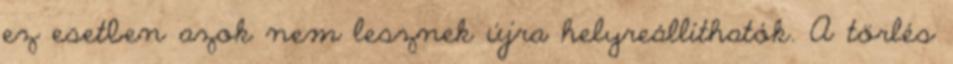
ez esetben azok nem lesznek újra helyreállíthatók. A törlés